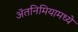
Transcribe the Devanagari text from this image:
ॲतनिमियामध्ये